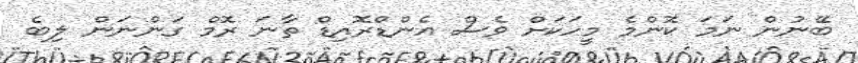
ބޭނުން ނަމަ ކޮންމެ މީހަކަށް ވެސް އެންޑްރޮއިޑް ތާނަ ރޮމް ގަންނަން ލިބެ